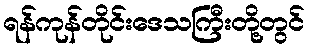
ရန်ကုန်တိုင်းဒေသကြီးတို့တွင်